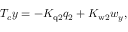
T _ { c } y = - K _ { \mathrm { q 2 } } q _ { 2 } + K _ { \mathrm { w 2 } } { w _ { y } } ,